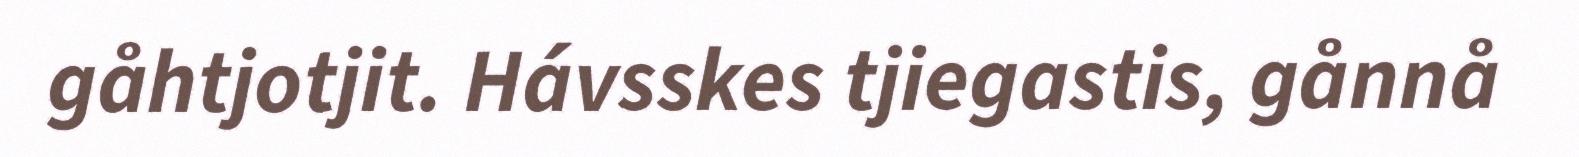
gåhtjotjit. Hávsskes tjiegastis, gånnå